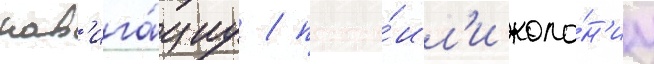
нав'ига́циу / постро́ил'и коло́н'иу